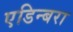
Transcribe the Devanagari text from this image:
एडिन्बरा